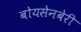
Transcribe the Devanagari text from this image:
बोयसेनबेरी